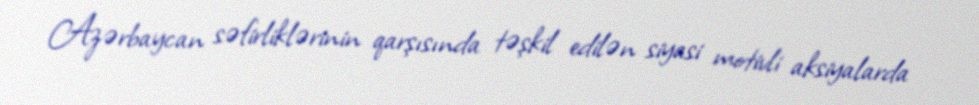
Azərbaycan səfirliklərinin qarşısında təşkil edilən siyasi motivli aksiyalarda